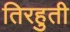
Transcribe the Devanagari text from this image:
तिरहुती